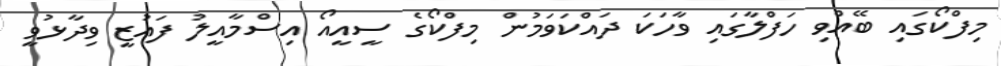
މިފްކޯގައި ބޭއްވި ހަފްްލާގައި ވާހަކަ ދައްކަވަމުން މިފްކޯގެ ސީއީއޯ އިސްމާއީލު ފައުޒީ ވިދާޅުވީ